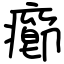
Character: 癤